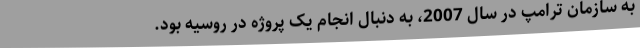
به سازمان ترامپ در سال 2007، به دنبال انجام یک پروژه در روسیه بود.